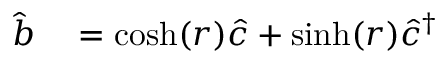
\begin{array} { r l } { \hat { b } } & { { } = \cosh ( r ) \hat { c } + \sinh ( r ) \hat { c } ^ { \dagger } } \end{array}